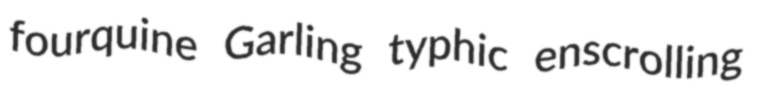
fourquine Garling typhic enscrolling